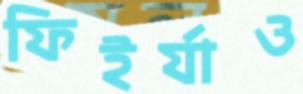
ফিইর্যাও